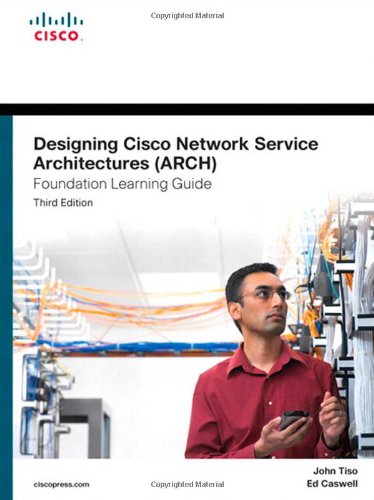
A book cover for Designing Cisco Network Service Architectures (ARCH) Foundation Learning Guide: (CCDP ARCH 642-874) (3rd Edition) (Foundation Learning Guides); John Tiso; Computers & Technology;